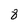
Character: 8